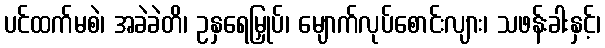
ပင်ထက်မစဲ၊ အခဲခဲတိ၊ ဥနှရေမြှုပ်၊ မျောက်လုပ်စောင်းလျား၊ သဖန်းခါးနှင့်၊